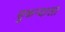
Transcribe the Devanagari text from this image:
सुकन्याला